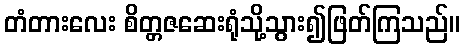
တံတားလေး စိတ္တဇဆေးရုံသို့သွား၍ဖြတ်ကြသည်။